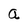
Character: a